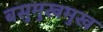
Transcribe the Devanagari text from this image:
बसुमुखमुख